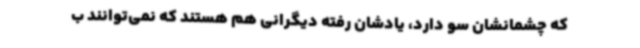
که چشمانشان سو دارد، یادشان رفته دیگرانی هم هستند که نمی‌توانند ب